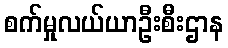
စက်မှုလယ်ယာဦးစီးဌာန